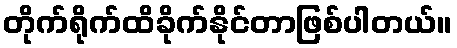
တိုက်ရိုက်ထိခိုက်နိုင်တာဖြစ်ပါတယ်။